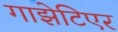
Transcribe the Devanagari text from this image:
गाझेटिएर